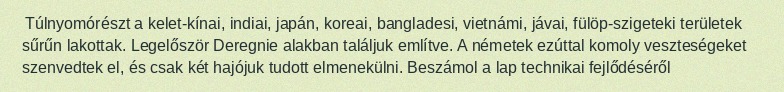
Túlnyomórészt a kelet-kínai, indiai, japán, koreai, bangladesi, vietnámi, jávai, fülöp-szigeteki területek sűrűn lakottak. Legelőször Deregnie alakban találjuk említve. A németek ezúttal komoly veszteségeket szenvedtek el, és csak két hajójuk tudott elmenekülni. Beszámol a lap technikai fejlődéséről